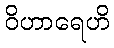
ဝိဟာရေဟိ